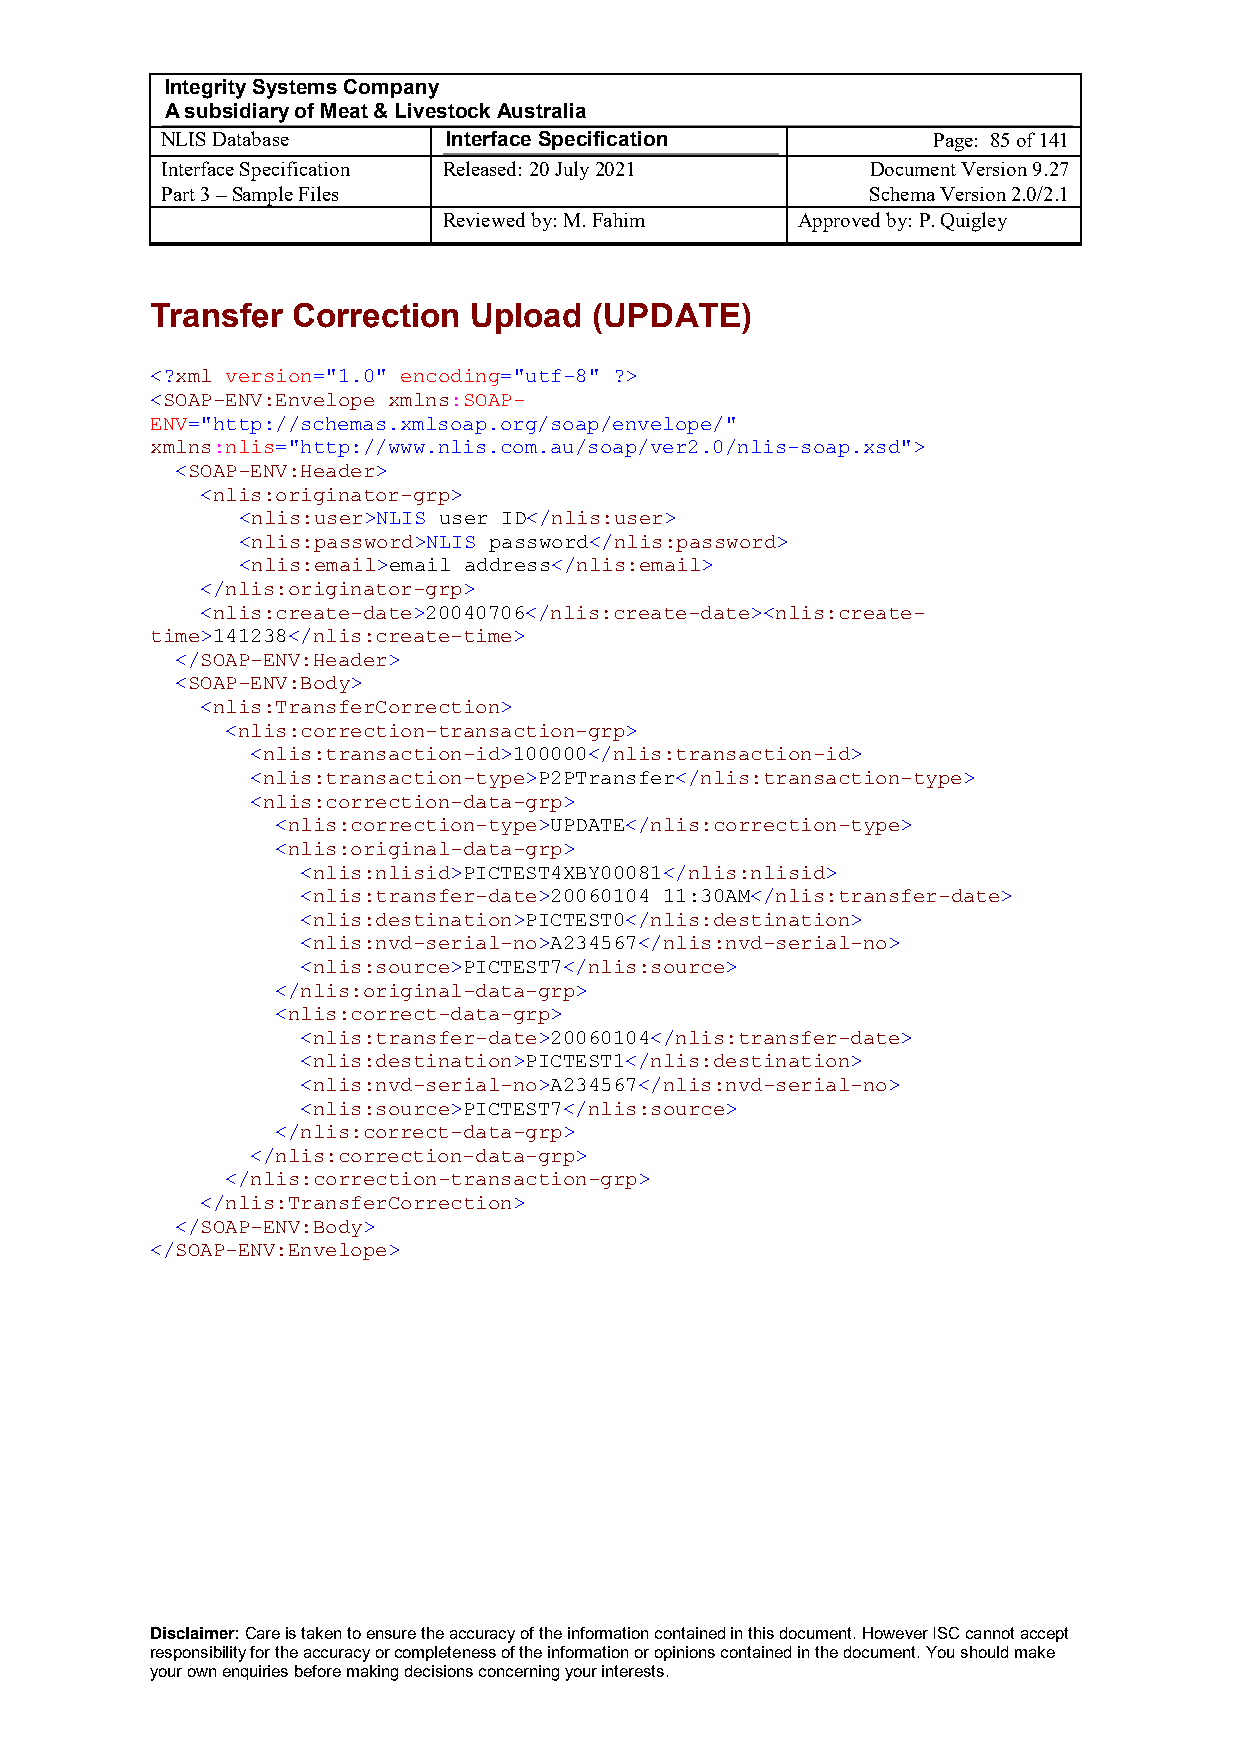
Integrity Systems Company
 A subsidiary of Meat & Livestock Australia
 NLIS Database      Interface Specification         Page: 85 of 141
 Interface Specification Released: 20 July 2021 Document Version 9.27
 Part 3 – Sample Files                          Schema Version 2.0/2.1
 Reviewed by: M. Fahim   Approved by: P. Quigley
 Transfer Correction  Upload  (UPDATE)
 <?xml version="1.0" encoding="utf-8" ?>
 <SOAP-ENV:Envelope xmlns:SOAP-
 ENV="http://schemas.xmlsoap.org/soap/envelope/"
 xmlns:nlis="http://www.nlis.com.au/soap/ver2.0/nlis-soap.xsd">
 <SOAP-ENV:Header>
 <nlis:originator-grp>
 <nlis:user>NLIS user ID</nlis:user>
 <nlis:password>NLIS password</nlis:password>
 <nlis:email>email address</nlis:email>
 </nlis:originator-grp>
 <nlis:create-date>20040706</nlis:create-date><nlis:create-
 time>141238</nlis:create-time>
 </SOAP-ENV:Header>
 <SOAP-ENV:Body>
 <nlis:TransferCorrection>
 <nlis:correction-transaction-grp>
 <nlis:transaction-id>100000</nlis:transaction-id>
 <nlis:transaction-type>P2PTransfer</nlis:transaction-type>
 <nlis:correction-data-grp>
 <nlis:correction-type>UPDATE</nlis:correction-type>
 <nlis:original-data-grp>
 <nlis:nlisid>PICTEST4XBY00081</nlis:nlisid>
 <nlis:transfer-date>20060104 11:30AM</nlis:transfer-date>
 <nlis:destination>PICTEST0</nlis:destination>
 <nlis:nvd-serial-no>A234567</nlis:nvd-serial-no>
 <nlis:source>PICTEST7</nlis:source>
 </nlis:original-data-grp>
 <nlis:correct-data-grp>
 <nlis:transfer-date>20060104</nlis:transfer-date>
 <nlis:destination>PICTEST1</nlis:destination>
 <nlis:nvd-serial-no>A234567</nlis:nvd-serial-no>
 <nlis:source>PICTEST7</nlis:source>
 </nlis:correct-data-grp>
 </nlis:correction-data-grp>
 </nlis:correction-transaction-grp>
 </nlis:TransferCorrection>
 </SOAP-ENV:Body>
 </SOAP-ENV:Envelope>
 Disclaimer: Care is taken to ensure the accuracy of the information contained in this document. However ISC cannot accept
 responsibility for the accuracy or completeness of the information or opinions contained in the document. You should make
 your own enquiries before making decisions concerning your interests.